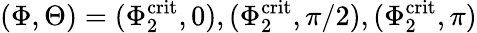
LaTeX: (\Phi,\Theta)=(\Phi_{2}^{\mathrm{crit}},0),(\Phi_{2}^{\mathrm{crit}},\pi/2),(\Phi_{2}^{\mathrm{crit}},\pi)